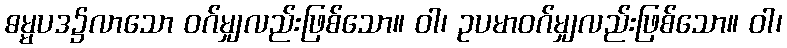
ဓမ္မပဒ၌လာသော ဝဂ်မျှလည်းဖြစ်သော။ ဝါ၊ ဥပမာဝဂ်မျှလည်းဖြစ်သော။ ဝါ၊